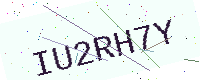
Text: IU2RH7Y